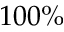
1 0 0 \%